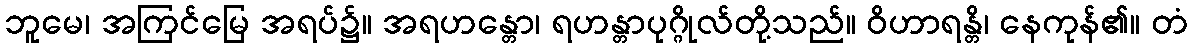
ဘူမေ၊ အကြင်မြေ အရပ်၌။ အရဟန္တော၊ ရဟန္တာပုဂ္ဂိုလ်တို့သည်။ ဝိဟာရန္တိ၊ နေကုန်၏။ တံ